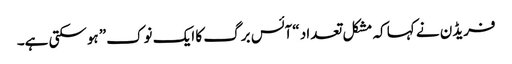
فریڈن نے کہا کہ مشکل تعداد “آئس برگ کا ایک نوک” ہوسکتی ہے۔